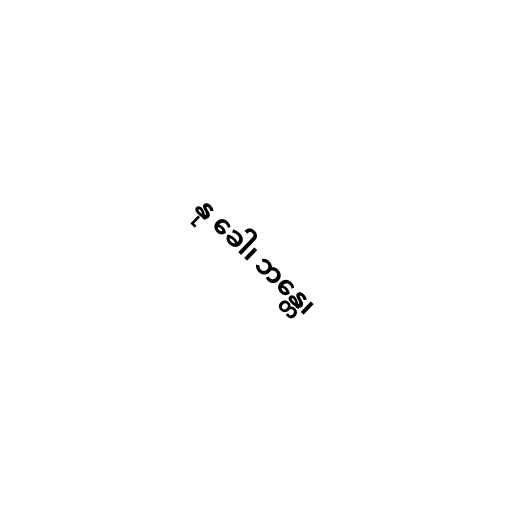
နု ခေါ၊ ဘန္တေ၊